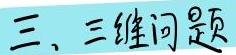
三、三维问题